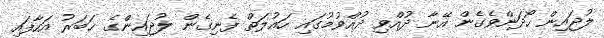
ލުޖައިން ހޯދަންވެގެން އޭނާ ދުއްވި ދުއްވުމުގައި ހައުލަތް ފެނިގެން ލުޖައިންގެ ޚަބަރު އަހާފައި